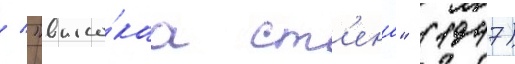
/ "высо́каа ст'ена" (1947)